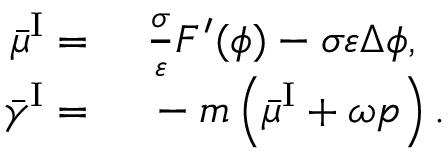
\begin{array} { r l } { \bar { \mu } ^ { \mathrm { I } } = } & { { } ~ \frac { \sigma } { \varepsilon } F ^ { \prime } ( \phi ) - \sigma \varepsilon \Delta \phi , } \\ { \bar { \gamma } ^ { \mathrm { I } } = } & { { } ~ - m \left( \bar { \mu } ^ { \mathrm { I } } + \omega p \right) . } \end{array}